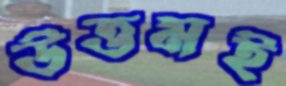
উত্তমই